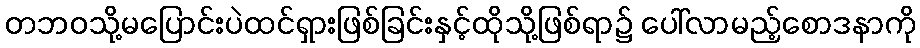
တဘဝသို့မပြောင်းပဲထင်ရှားဖြစ်ခြင်းနှင့်ထိုသို့ဖြစ်ရာ၌ ပေါ်လာမည့်စောဒနာကို